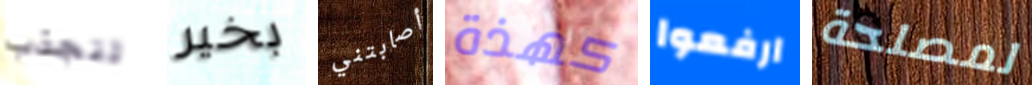
تنجذب بخير أصابتني كهذة ارفعوا لمصلحة